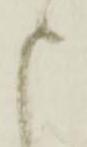
申